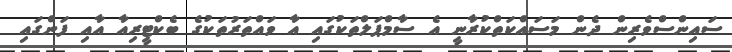
ސައިންސްވެރިން ދެން މަސައްކަތްކުރާނީ އެ ސާމްޕަލްތަކުގައި އާ ވައްތަރުތަކުގެ ބެކްޓީރިއާ އާއި ފަންގައި